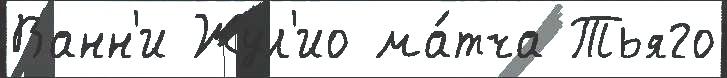
Ванн'и Жул'ио ма́тча Тьяго